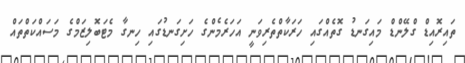
ތައިރޮއިޑް ގްލޭންޑް މައިގަނޑު ގޮތެއްގައި ހަރަކާތްތެރިވަނީ އަހަރެމެންގެ ހަށިގަނޑުގައި ހިނގާ މެޓަބޮލިޒަމްގެ މަސައްކަތްތައް